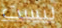
ليست